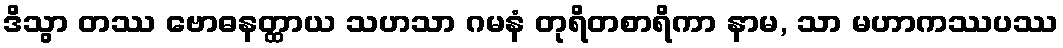
ဒိသွာ တဿ ဗောဓနတ္ထာယ သဟသာ ဂမနံ တုရိတစာရိကာ နာမ, သာ မဟာကဿပဿ